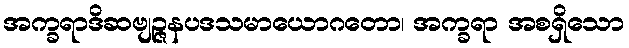
အက္ခရာဒိဆဗျဉ္ဇနပဒသမာယောဂတော၊ အက္ခရာ အစရှိသော